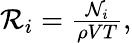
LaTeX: \begin{array}{r}{\mathcal{R}_{i}=\frac{\mathcal{N}_{i}}{\rho VT},}\end{array}